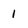
Character: 1